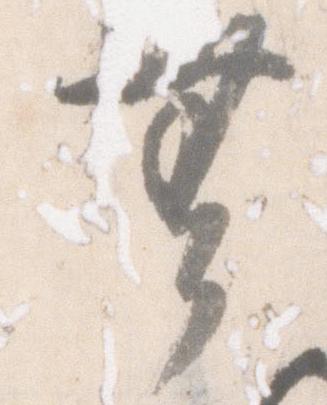
無